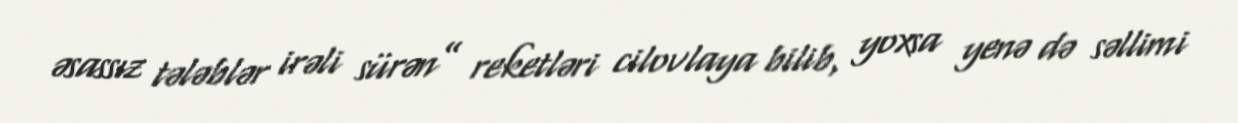
əsassız tələblər irəli sürən” reketləri cilovlaya bilib, yoxsa yenə də səllimi